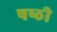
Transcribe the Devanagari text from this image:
षष्‍ठी